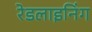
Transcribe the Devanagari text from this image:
रेडलाइनिंग